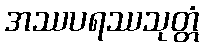
အဿပရဿသုတ္တံ